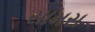
સામસ